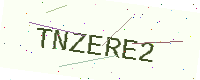
Text: TNZERE2